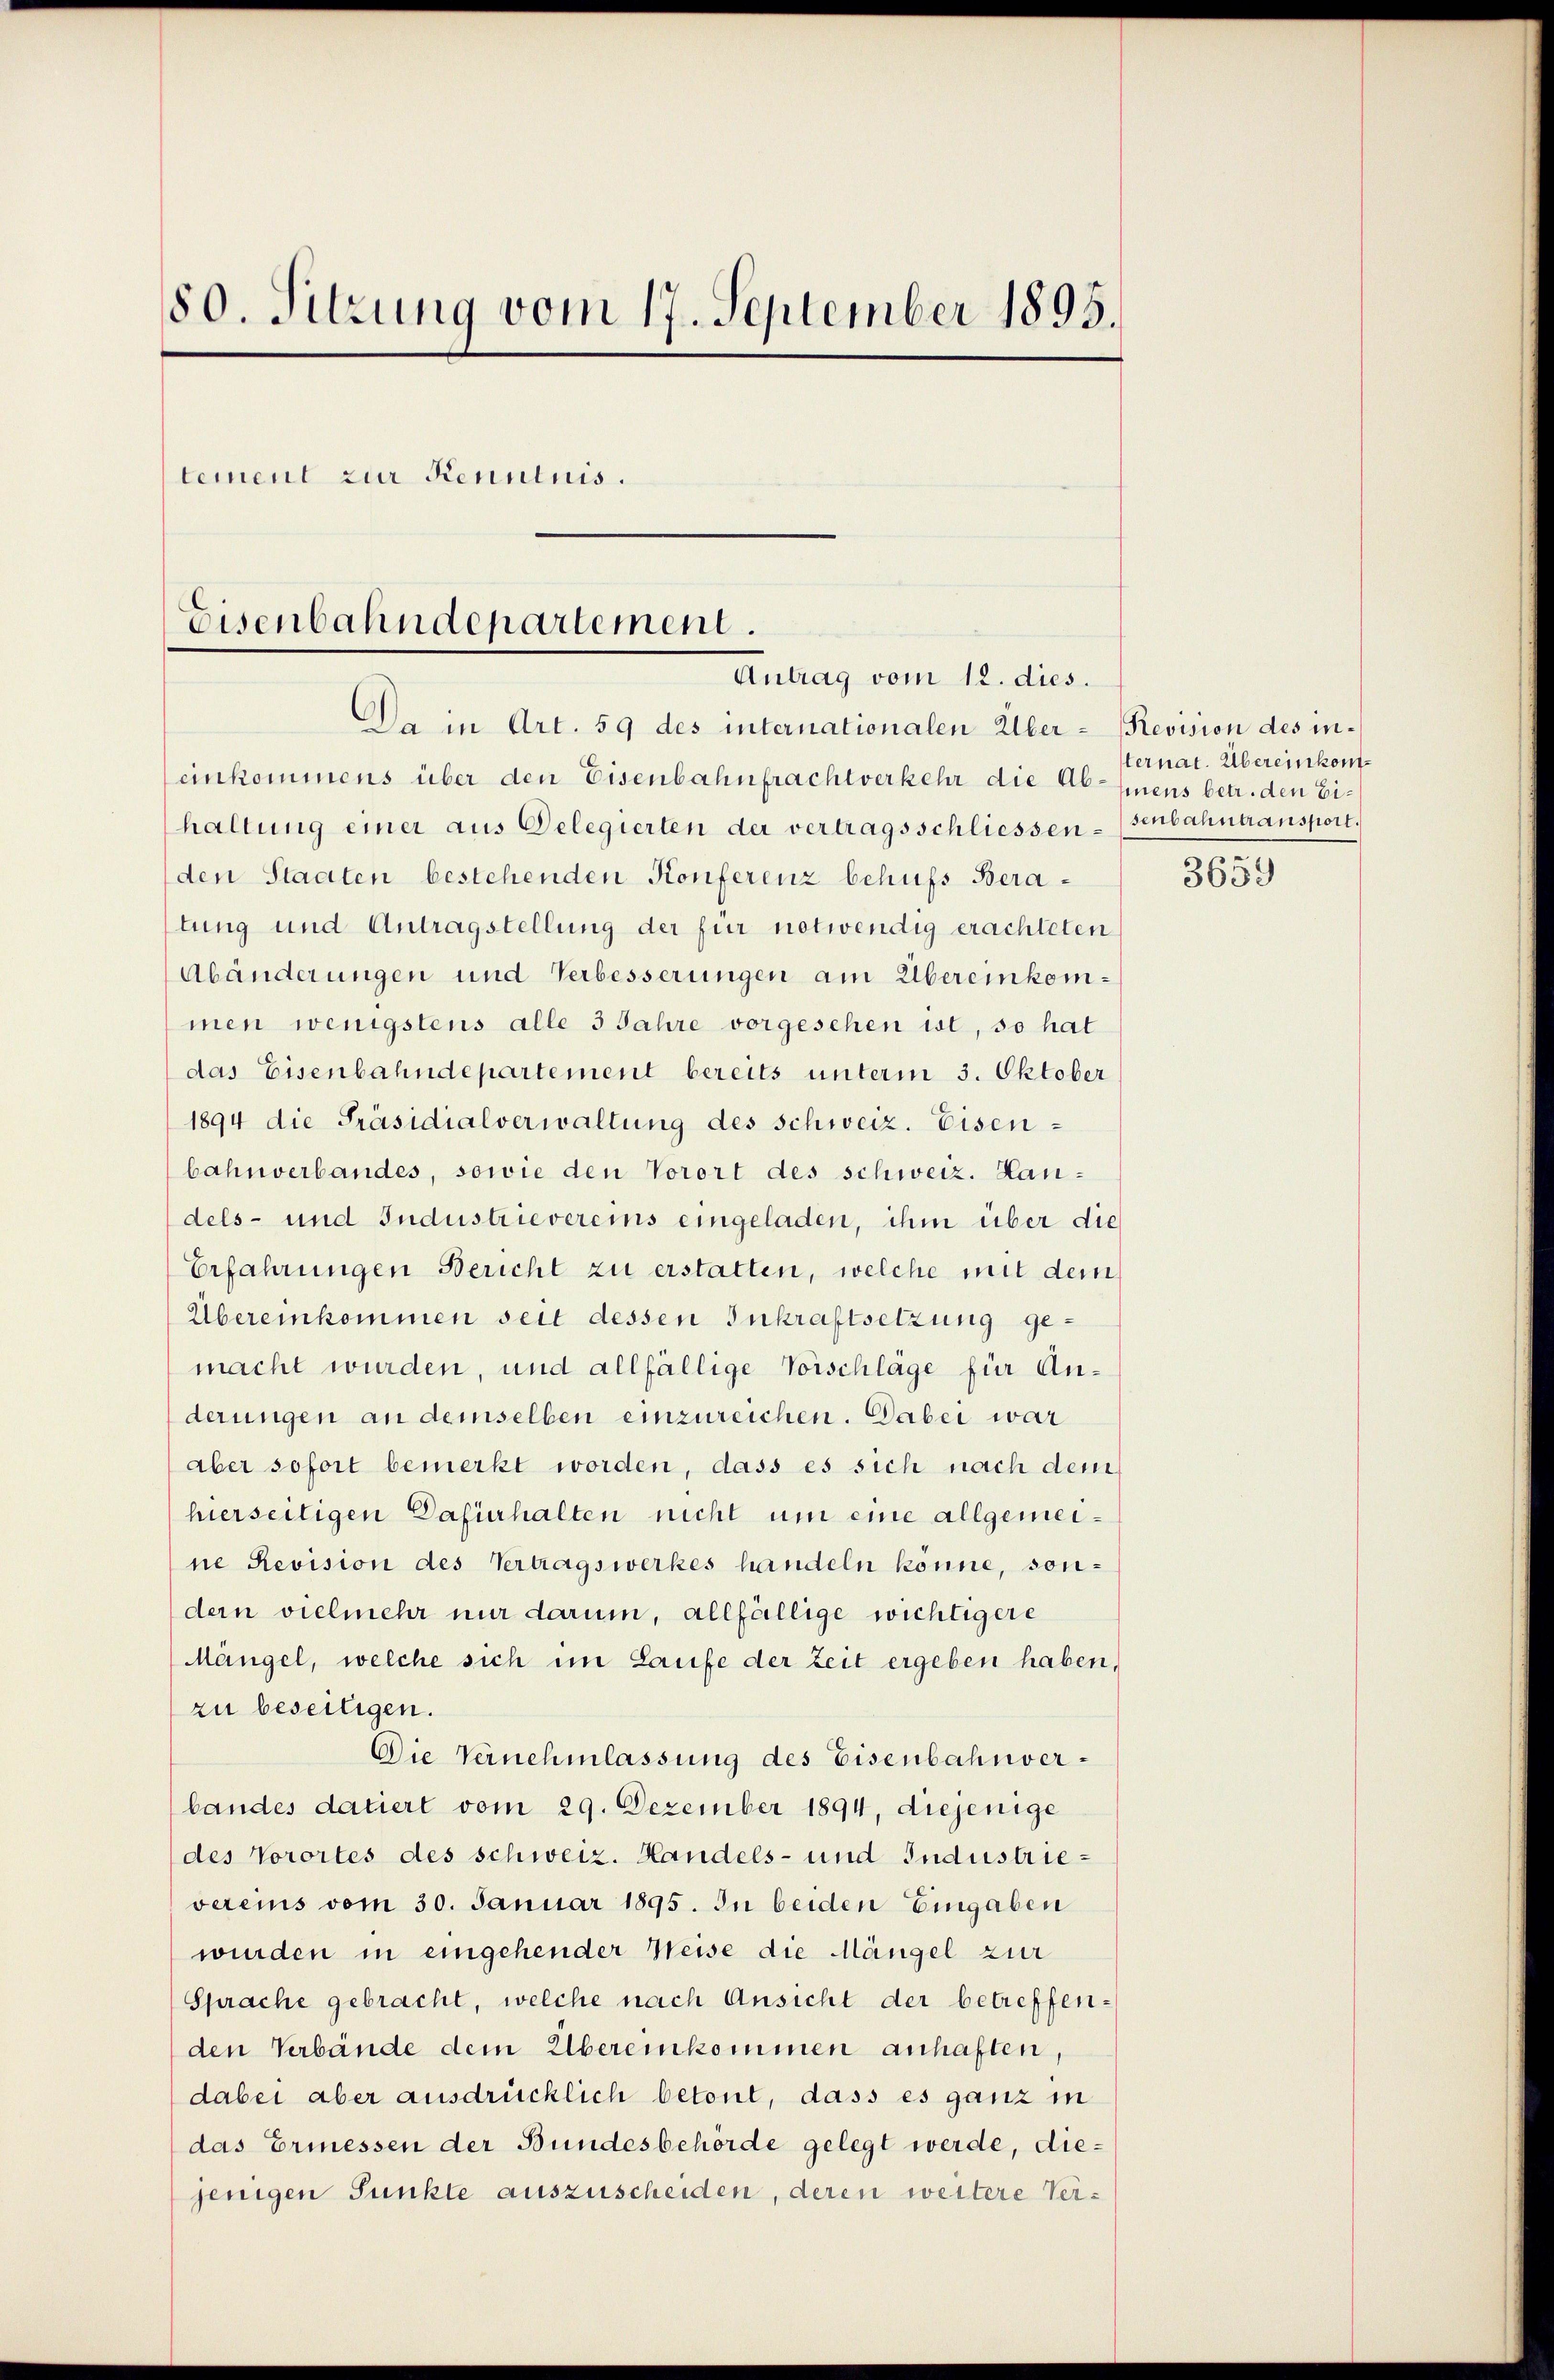
80. Sitzung vom 17. September 1895.
tement zur Kenntnis.
Eisenbahndepartement.
Antrag vom 12. dies.

Da in Art. 59 des internationalen Über-Revision des in¬

einkommens über den Eisenbahnfrachtverkehr die Ab-Enens betr. den Eihaltung einer aus Delegierten der vertragsschliessen-senbahntransport.
den Staaten bestehenden Konferenz behufs Beratung und Antragstellung der für notwendig erachteten
Abänderungen und Verbesserungen am Übereinkommen wenigstens alle 3 Jahre vorgesehen ist, so hat
das Eisenbahndepartement bereits unterm 3. Oktober
1894 die Präsidialverwaltung des Schweiz. Eisenbahnverbandes, sowie den Vorort des schweiz. Handels- und Industrievereins eingeladen, ihm über die
Erfahrungen Bericht zu erstatten, welche mit dem
Übereinkommen seit dessen Inkraftsetzung gemacht wurden, und allfällige Vorschläge für Anderungen an demselben einzureichen. Dabei war
aber sofort bemerkt worden, dass es sich nach dem
hierseitigen Dafürhalten nicht um eine allgemeine Revision des Vertragswerkes handeln könne, sondern vielmehr nur darum, allfällige wichtigere
Mängel, welche sich im Laufe der Zeit ergeben haben,
zu beseitigen.
Die Vernehmlassung des Eisenbahnverbandes datiert vom 29. Dezember 1894, diejenige
des Vorortes des schweiz. Handels- und Industrievereins vom 30. Januar 1895. In beiden Eingaben
wurden in eingehender Weise die Mängel zur
Sprache gebracht, welche nach Ansicht der betreffenden Verbände dem Übereinkommen anhaften,
dabei aber ausdrücklich betont, dass es ganz in
das Ermessen der Bundesbehörde gelegt werde, diejenigen Punkte auszuscheiden, deren weitere Ver¬

ternat. Übereinkom¬

3659